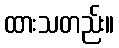
ထားသတည်း။